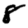
Digit: 8